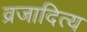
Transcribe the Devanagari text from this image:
व्रजादित्य